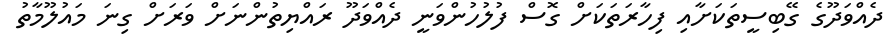
ދެއްވަދޫގެ ގޭބިސީތަކަށާއި ފިހާރަތަކަށް ގޮސް ފުލުހުންވަނީ ދެއްވަދޫ ރައްޔިތުންނަށް ވަރަށް ގިނަ މައުލޫމާތު